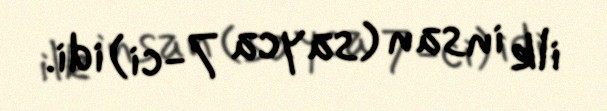
ilk insan (sayca 7-ci) idi.